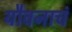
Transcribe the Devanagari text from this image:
यौवनाचं